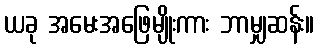
ယခု အမေးအဖြေမျိုးကား ဘာမျှဆန်း။